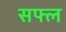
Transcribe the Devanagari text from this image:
सफ्ल